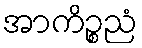
အာကိဉ္စညံ